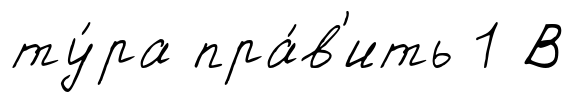
ту́ра пра́в'ить 1 В